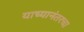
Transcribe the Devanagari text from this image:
याच्यानंतरचा